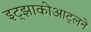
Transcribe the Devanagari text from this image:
इट्झाकोआट्लने